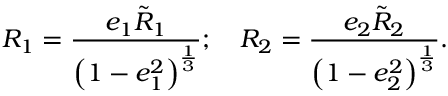
R _ { 1 } = \displaystyle \frac { e _ { 1 } \tilde { R } _ { 1 } } { \left( 1 - e _ { 1 } ^ { 2 } \right) ^ { \frac { 1 } { 3 } } } ; \quad R _ { 2 } = \displaystyle \frac { e _ { 2 } \tilde { R } _ { 2 } } { \left( 1 - e _ { 2 } ^ { 2 } \right) ^ { \frac { 1 } { 3 } } } .